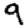
Digit: 9